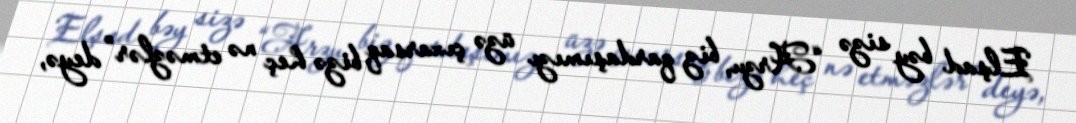
Elşad bəy sizə “Arzu, biz qardaşımızı üzə çıxarsaq bizə heç nə etməzlər” deyə,